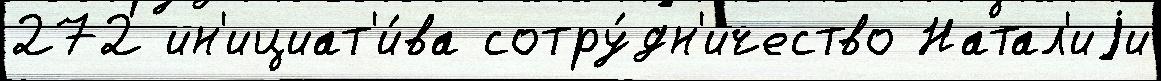
272 ин'ициат'и́ва сотру́дн'ичество Натал'иjи